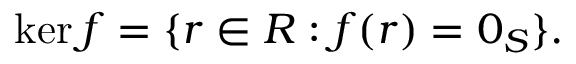
\ker f = \{ r \in R : f ( r ) = 0 _ { S } \} { \mathrm { . } }